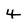
Character: 4